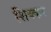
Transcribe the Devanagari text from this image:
शिक्कर